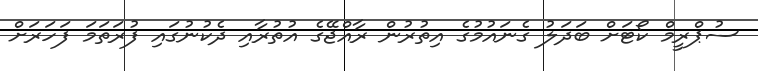
ސުޕްރީމް ކޯޓަށް ބަދަލު ގެނައުމުގެ އިތުރުން ރާއްޖޭގެ އުތުރާއި ދެކުނުގައި ފުރަތަމަ ފަހަރަށް